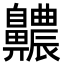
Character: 齈